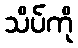
သိပ်ကို